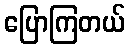
ပြောကြတယ်